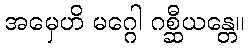
အမှေဟိ မဂ္ဂေါ ဂစ္ဆီယန္တေ။